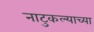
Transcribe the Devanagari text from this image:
नाटुकल्याच्या